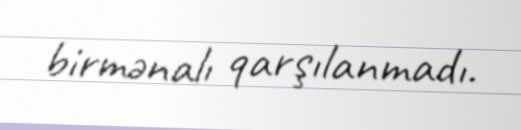
birmənalı qarşılanmadı.